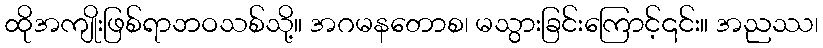
ထိုအကျိုးဖြစ်ရာဘဝသစ်သို့။ အဂမနတောစ၊ မသွားခြင်းကြောင့်၎င်း။ အညဿ၊